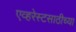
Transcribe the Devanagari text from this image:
एव्हरेस्टसाठीच्या